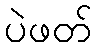
ပဲဖတ်